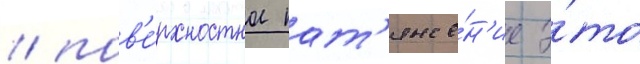
/ пов'е́рхностное нат'яже́н'ие э́то